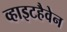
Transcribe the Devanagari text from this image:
व्हाइटहैवेन